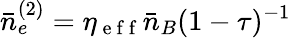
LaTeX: \bar{n}_{e}^{(2)}=\eta_{\mathrm{~e~f~f~}}\bar{n}_{B}(1-\tau)^{-1}